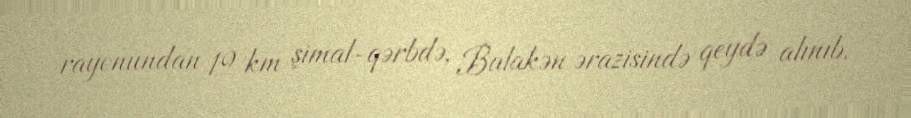
rayonundan 19 km şimal-qərbdə, Balakən ərazisində qeydə alınıb.